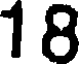
18